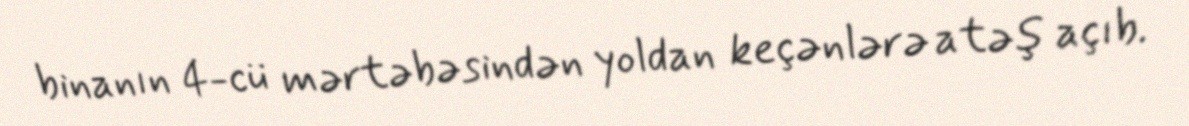
binanın 4-cü mərtəbəsindən yoldan keçənlərə atəş açıb.